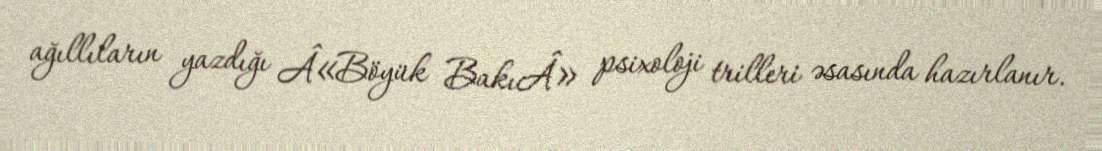
ağıllıların yazdığı Â«Böyük BakıÂ» psixoloji trilleri əsasında hazırlanır.